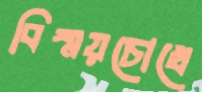
বিস্ময়চোখে